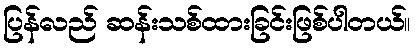
ပြန်လည် ဆန်းသစ်ထားခြင်းဖြစ်ပါတယ်။